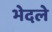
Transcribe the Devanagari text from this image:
भेदले